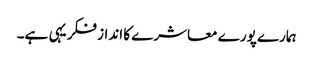
ہمارے پورے معاشرے کا انداز فکر یہی ہے۔